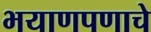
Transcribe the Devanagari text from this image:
भयाणपणाचे